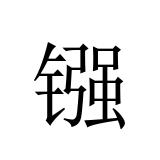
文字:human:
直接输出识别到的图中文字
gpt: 镪